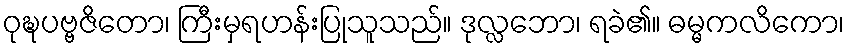
ဝုဍ္ဎပဗ္ဗဇိတော၊ ကြီးမှရဟန်းပြုသူသည်။ ဒုလ္လဘော၊ ရခဲ၏။ ဓမ္မကလိကော၊